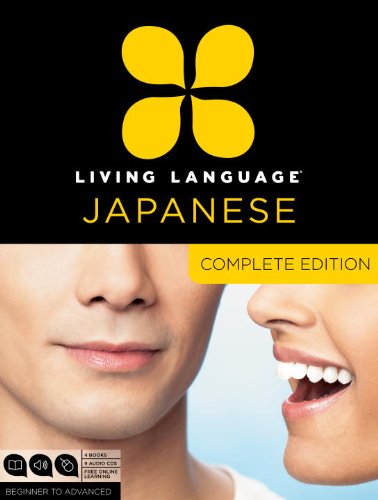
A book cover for Living Language Japanese, Complete Edition: Beginner through advanced course, including 3 coursebooks, 9 audio CDs, Japanese reading & writing guide, and free online learning; Living Language; Reference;